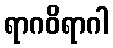
ရာဂဝိရာဂါ